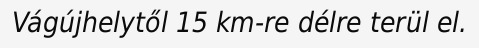
Vágújhelytől 15 km-re délre terül el.